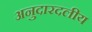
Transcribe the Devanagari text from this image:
अनुदारदलीय